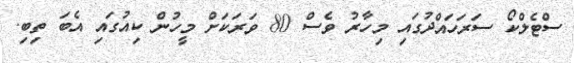
ސްޓެލްކޯ ސަރަހައްދުގައި މިހާރު ވެސް 80 ވަރަކަށް މީހުން ކިއުގައި އެބަ ތިބި.